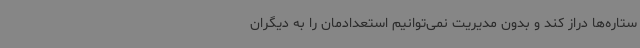
ستاره‌ها دراز کند و بدون مدیریت نمی‌توانیم استعدادمان را به دیگران